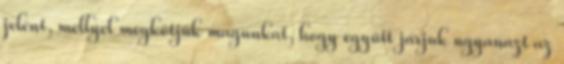
jelent, mellyel megkötjük magunkat, hogy együtt járjuk ugyanazt az